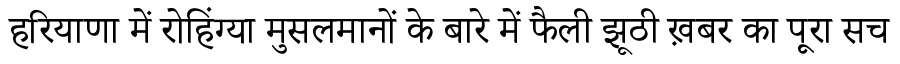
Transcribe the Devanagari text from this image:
हरियाणा में रोहिंग्या मुसलमानों के बारे में फैली झूठी ख़बर का पूरा सच